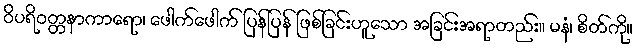
ဝိပရိဝတ္တနာကာရော၊ ဖေါက်ဖေါက် ပြန်ပြန် ဖြစ်ခြင်းဟူသော အခြင်းအရာတည်း။ မနံ၊ စိတ်ကို။